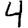
Digit: 4